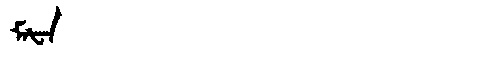
Manchu: ᠮᠠᡶᠠ
Romanization: MAFA